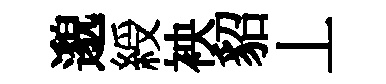
邈綬䘧貂丄